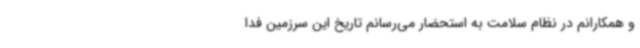
و همکارانم در نظام سلامت به استحضار می‌رسانم تاریخ این سرزمین فدا